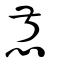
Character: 惄